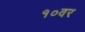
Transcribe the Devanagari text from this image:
१०वर